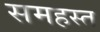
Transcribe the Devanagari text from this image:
समहस्त